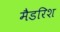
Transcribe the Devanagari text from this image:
मैडरिश